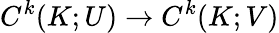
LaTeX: C^{k}(K;U)\to C^{k}(K;V)